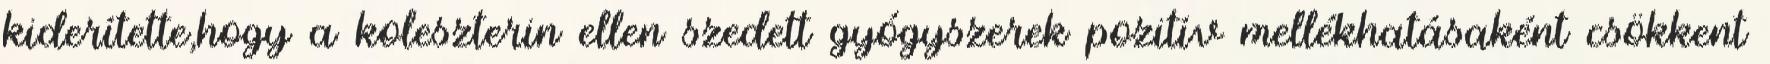
kiderítette,hogy a koleszterin ellen szedett gyógyszerek pozitív mellékhatásaként csökkent